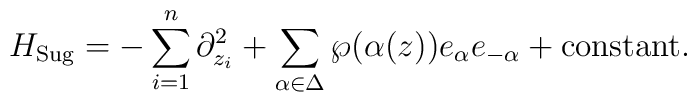
H_{\rm Sug} = - \sum_{i = 1}^n \partial_{z_i}^2 + \sum_{\alpha \in \Delta}\wp (\alpha(z)) e_\alpha e_{- \alpha} + {\rm constant}.